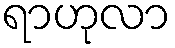
ရာဟုလာ